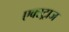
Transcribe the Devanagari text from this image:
एक्स्ट्राज